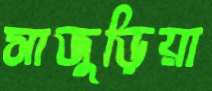
সাজুড়িয়া